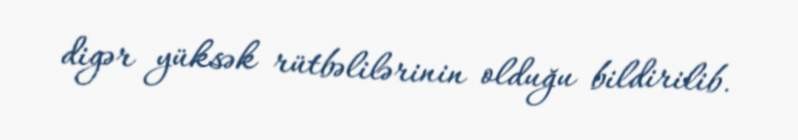
digər yüksək rütbəlilərinin olduğu bildirilib.